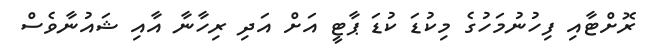
ރޮށްޓާއި ފިހުނުމަހުގެ މިކުޑަ ކުޑަ ޕާޓީ އަށް އަދި ރިހާނާ އާއި ޝައުނާވެސް